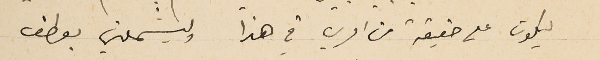
ليكون على حقيقة من امري في هذا وليشملني بعطف